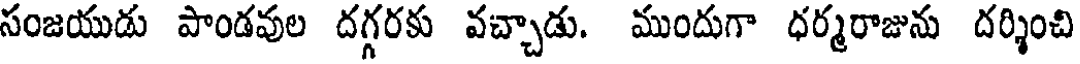
సంజయుడు పాండవుల దగ్గరకు వచ్చాడు. ముందుగా ధర్మరాజును దర్శించి